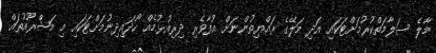
މާލެ ސަލާމަތްކުރުމަށްޓަކައި އަދި މަލޭގެ ރައްޔިތުންނަށް އުފާވެރި ދިރިއުޅުމެއް ހޯދައިދިނުމަށްޓަކައި މި މަޝްރޫއުތައް